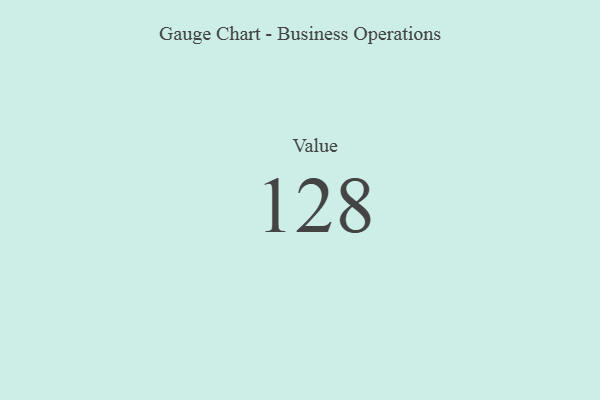
{"axis": {"x": "Metric", "y": "Value"}, "legend": [""], "data": [{"x": "Value", "y": 128, "type": ""}]}